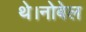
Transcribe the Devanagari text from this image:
थे।नोबेल